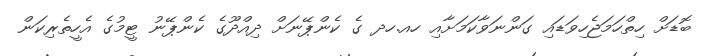
ބޮޑަށް ހިތްހަމަޖެހިވަޑައި ގަންނަވާކަމަށާއި ހއ.ހދ ގެ ކެންޕޭނަށް ދިއްދޫގެ ކެންޕޭނު ޓީމުގެ އެހީތެރިކަން